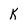
Character: K